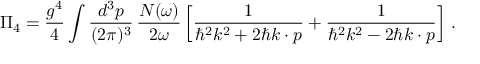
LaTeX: \Pi _ { 4 } = \frac { g ^ { 4 } } { 4 } \int \frac { d ^ { 3 } p } { ( 2 \pi ) ^ { 3 } } \, \frac { N ( \omega ) } { 2 \omega } \left[ \frac { 1 } { \hbar ^ { 2 } k ^ { 2 } + 2 \hbar k \cdot p } + \frac { 1 } { \hbar ^ { 2 } k ^ { 2 } - 2 \hbar k \cdot p } \right] \, .